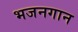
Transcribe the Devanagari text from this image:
भजनगान